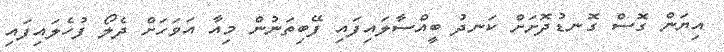
އިޔަން ގޮސް ގޮނޑުދޮށަށް ކަނދު ބީއްސާލައިފައި ފޭބިތަނުން މިއާ އަވަހަށް ދެލޯ ފުހެލައިފައި